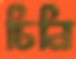
চিনি